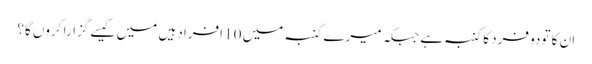
ان کا تودو فرد کا کنبہ ہے جبکہ میرے کنبہ میں 10 افراد ہیں میں کیسے گزارا کروں گا؟